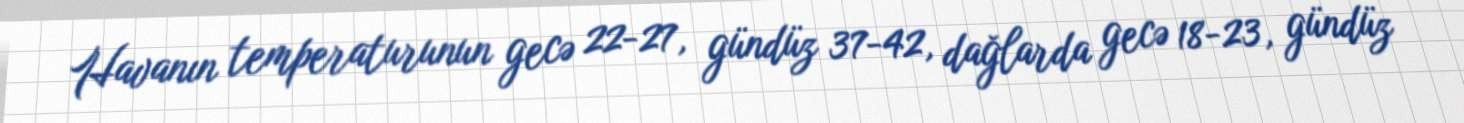
Havanın temperaturunun gecə 22-27, gündüz 37-42, dağlarda gecə 18-23, gündüz